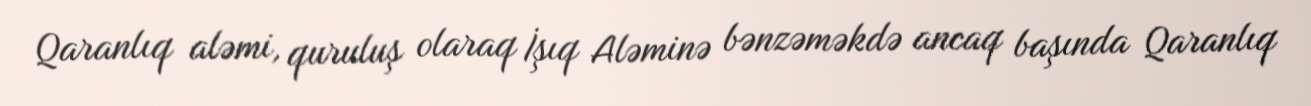
Qaranlıq aləmi, quruluş olaraq İşıq Aləminə bənzəməkdə ancaq başında Qaranlıq